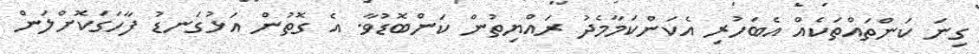
ގިނަ ކަންތައްތަކެއް އެބަހުރި އެކަންކަމާމެދު ރައްޔިތުން ކަންބޮޑުވާ. އެ ގޮތުން އަޅުގަނޑު ފާހަގަކޮށްލަން